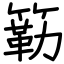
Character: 簕